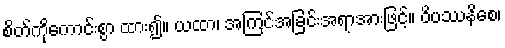
စိတ်ကိုကောင်းစွာ ထား၍။ ယထာ၊ အကြင်အခြင်းအရာအားဖြင့်။ ဝိပဿနိစေ၊